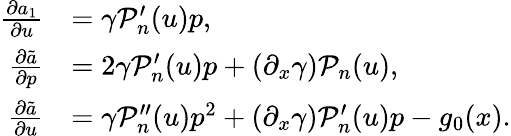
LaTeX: \begin{array}{rl}{\frac{\partial a_{1}}{\partial u}}&{=\gamma\mathcal{P}_{n}^{\prime}(u)p,}\\ {\frac{\partial\tilde{a}}{\partial p}}&{=2\gamma\mathcal{P}_{n}^{\prime}(u)p+\left(\partial_{x}\gamma\right)\mathcal{P}_{n}(u),}\\ {\frac{\partial\tilde{a}}{\partial u}}&{=\gamma\mathcal{P}_{n}^{\prime\prime}(u)p^{2}+\left(\partial_{x}\gamma\right)\mathcal{P}_{n}^{\prime}(u)p-g_{0}(x).}\end{array}